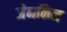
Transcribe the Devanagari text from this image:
जेनकिन